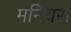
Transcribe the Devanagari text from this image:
मनियरा